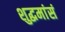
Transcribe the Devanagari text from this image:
शुद्धमांसं